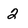
Character: 2